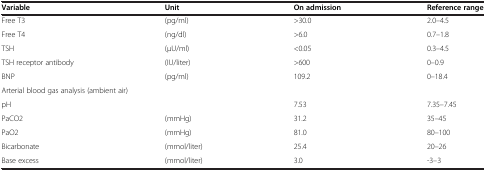
<table><thead><tr><td><b>Variable</b></td><td><b>Unit</b></td><td><b>On admission</b></td><td><b>Reference range</b></td></tr></thead><tbody><tr><td>Free T3</td><td>(pg/ml)</td><td>&gt;30.0</td><td>2.0–4.5</td></tr><tr><td>Free T4</td><td>(ng/dl)</td><td>&gt;6.0</td><td>0.7–1.8</td></tr><tr><td>TSH</td><td>(μU/ml)</td><td>&lt;0.05</td><td>0.3–4.5</td></tr><tr><td>TSH receptor antibody</td><td>(IU/liter)</td><td>&gt;600</td><td>0–0.9</td></tr><tr><td>BNP</td><td>(pg/ml)</td><td>109.2</td><td>0–18.4</td></tr><tr><td colspan="2">Arterial blood gas analysis (ambient air)</td><td> </td><td> </td></tr><tr><td>pH</td><td> </td><td>7.53</td><td>7.35–7.45</td></tr><tr><td>PaCO2</td><td>(mmHg)</td><td>31.2</td><td>35–45</td></tr><tr><td>PaO2</td><td>(mmHg)</td><td>81.0</td><td>80–100</td></tr><tr><td>Bicarbonate</td><td>(mmol/liter)</td><td>25.4</td><td>20–26</td></tr><tr><td>Base excess</td><td>(mmol/liter)</td><td>3.0</td><td>-3–3</td></tr></tbody></table>